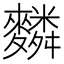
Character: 𪍴